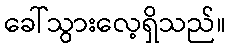
ခေါ်သွားလေ့ရှိသည်။